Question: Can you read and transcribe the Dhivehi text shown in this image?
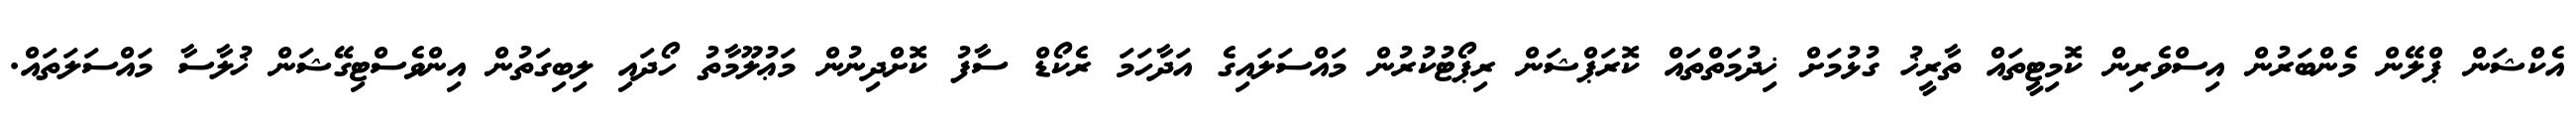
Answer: އެކްޝަން ޕްލޭން މެންބަރުން އިސްވެރިން ކޮމިޓީތައް ތާރީޚު ގުޅުމަށް ޚިދުމަތްތައް ކޮރަޕްޝަން ރިޕޯޓުކުރުން މައްސަލައިގެ އަދާހަމަ ރެކޯޑް ސާފު ކޮށްދިނުން މަޢުލޫމާތު ހޯދައި ލިބިގަތުން އިންވެސްޓިގޭޝަން ޚުލާސާ މައްސަލަތައް.